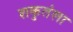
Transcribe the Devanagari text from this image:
शकुतंला